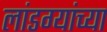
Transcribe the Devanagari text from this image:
लांडग्यांच्या